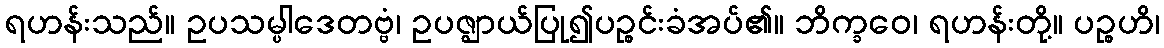
ရဟန်းသည်။ ဥပသမ္ပါဒေတဗ္ဗံ၊ ဥပဇ္ဈာယ်ပြု၍ပဉ္စင်းခံအပ်၏။ ဘိက္ခဝေ၊ ရဟန်းတို့။ ပဉ္စဟိ၊